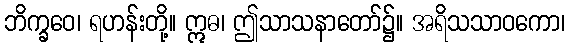
ဘိက္ခဝေ၊ ရဟန်းတို့။ ဣဓ၊ ဤသာသနာတော်၌။ အရိသသာဝကော၊